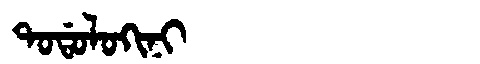
Manchu: ᡨᠣᡩᠣᠯᠣᡴᡳᠨᡳ
Romanization: TODOLOKINI